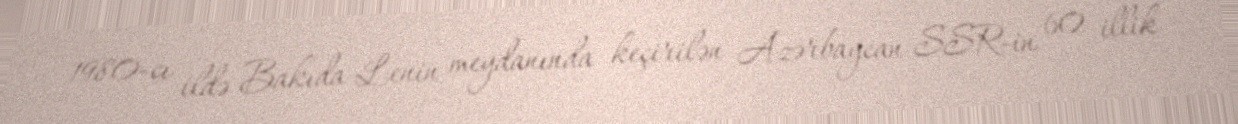
1980-cı ildə Bakıda Lenin meydanında keçirilən Azərbaycan SSR-in 60 illik